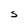
Character: S